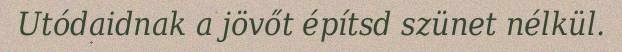
Utódaidnak a jövőt építsd szünet nélkül.